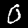
Digit: 0